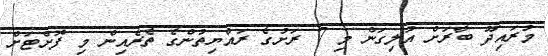
މުރައިދޫ ބާރަށް އުލިގަން މި 7 ރަށުގެ ރައްޔިތުންގެ ތެރެއިން މި ފޮށްޓަށް